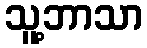
သူ့ဘာသာ